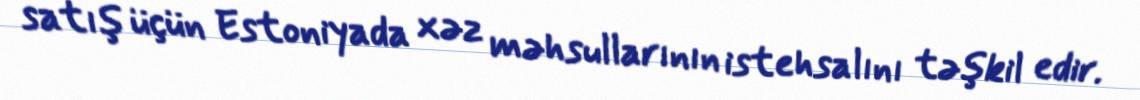
satış üçün Estoniyada xəz məhsullarının istehsalını təşkil edir.